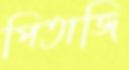
পিতাজি